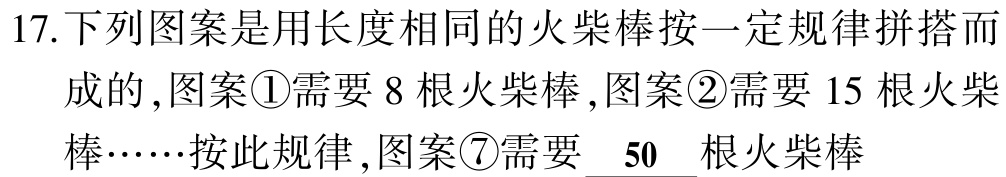
17.下列图案是用长度相同的火柴棒按一定规律拼搭而成的,图案\textcircled{1}需要 8 根火柴棒,图案\textcircled{2}需要 15 根火柴棒……按此规律,图案\textcircled{7}需要 \underline{ 50 }根火柴棒